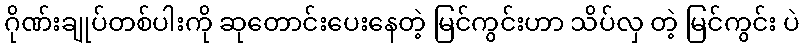
ဂိုဏ်းချုပ်တစ်ပါးကို ဆုတောင်းပေးနေတဲ့ မြင်ကွင်းဟာ သိပ်လှ တဲ့ မြင်ကွင်း ပဲ